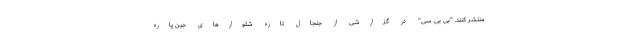
منتشر ‌کنند. "بی بی سی" در گزارشی از جنجال تازه شلوارهای جین پاره